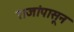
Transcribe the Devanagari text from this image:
राजांपासून